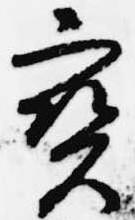
宝